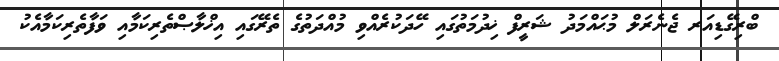
ބްރިގޭޑިއަރ ޖެނެރަލް މުޙައްމަދު ޝަރީފް ޚިދުމަތުގައި ހޭދަކުރެއްވި މުއްދަތުގެ ތެރޭގައި އިޚްލާޞްތެރިކަމާއި ވަފާތެރިކަމާއެކު